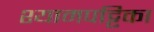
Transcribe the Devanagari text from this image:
श्यामपट्टिका